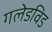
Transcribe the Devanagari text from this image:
गलेडविड